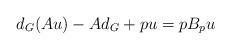
LaTeX: \begin{align*}d_G(Au)-Ad_G+pu=pB_pu\end{align*}